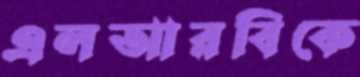
এলআরবিকে